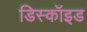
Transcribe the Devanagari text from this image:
डिस्कॉइड